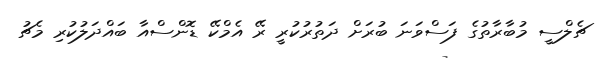
ޗެލްސީ މުބާރާތުގެ ފަސްވަނަ ބުރަށް ދަތުރުކުރީ ރޭ އެމްކޭ ޑޮންސްއާ ބައްދަލުކުރި މެޗު